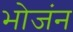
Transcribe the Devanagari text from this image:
भोजंन